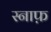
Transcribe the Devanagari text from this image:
स्नाफ़